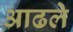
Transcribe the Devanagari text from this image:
आढले